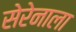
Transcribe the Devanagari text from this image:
सेरेनाला